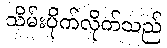
သိမ်းပိုက်လိုက်သည်